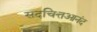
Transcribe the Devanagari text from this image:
सदचित्तआनंद